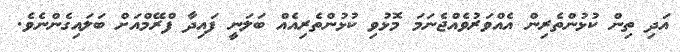
އަދި ތިން ކުޅުންތެރިން އެއްވަރުވެއްޖެނަމަ މޮޅުވި ކުޅުންތެރިއެއް ބަލަނީ ފައިދާ ފްރޭމްއަށް ބަލައިގެންނެވެ.